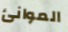
الموانئ